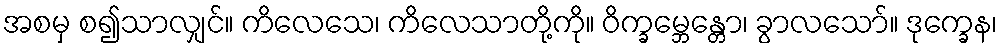
အစမှ စ၍သာလျှင်။ ကိလေသေ၊ ကိလေသာတို့ကို။ ဝိက္ခမ္ဘေန္တော၊ ခွာလသော်။ ဒုက္ခေန၊